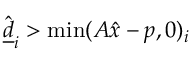
\hat { \underline { d } } _ { i } > \operatorname* { m i n } ( A \hat { x } - p , 0 ) _ { i }